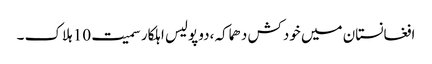
افغانستان میں خودکش دھماکہ ،دو پولیس اہلکار سمیت 10 ہلاک ۔